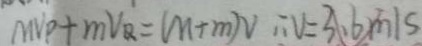
M N P + m V _ { Q } = ( M + m ) V \therefore V = 3 . 6 m / s